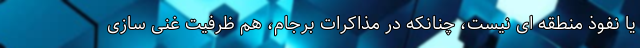
یا نفوذ منطقه ای نیست، چنانکه در مذاکرات برجام، هم ظرفیت غنی سازی